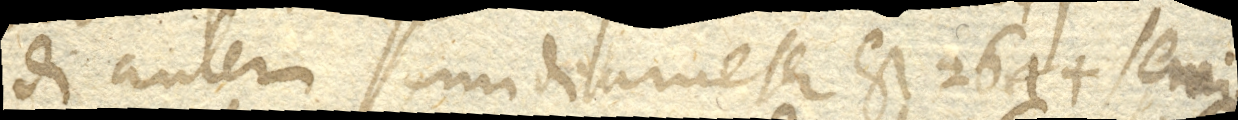
di autem semidiameter est 2644 semi–